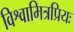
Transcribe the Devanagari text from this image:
विश्वामित्रप्रियः